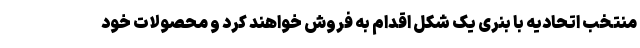
منتخب اتحادیه با بنری یک شکل اقدام به فروش خواهند کرد و محصولات خود